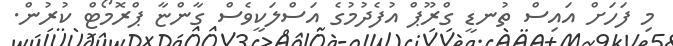
މި ފަހަށް އައިސް ތުނޑީ ގްރޫޕް އުފެދުމުގެ އަސްލަކީވެސް ގާންޏާ ޕްރޮމޯޓް ކުރުން.